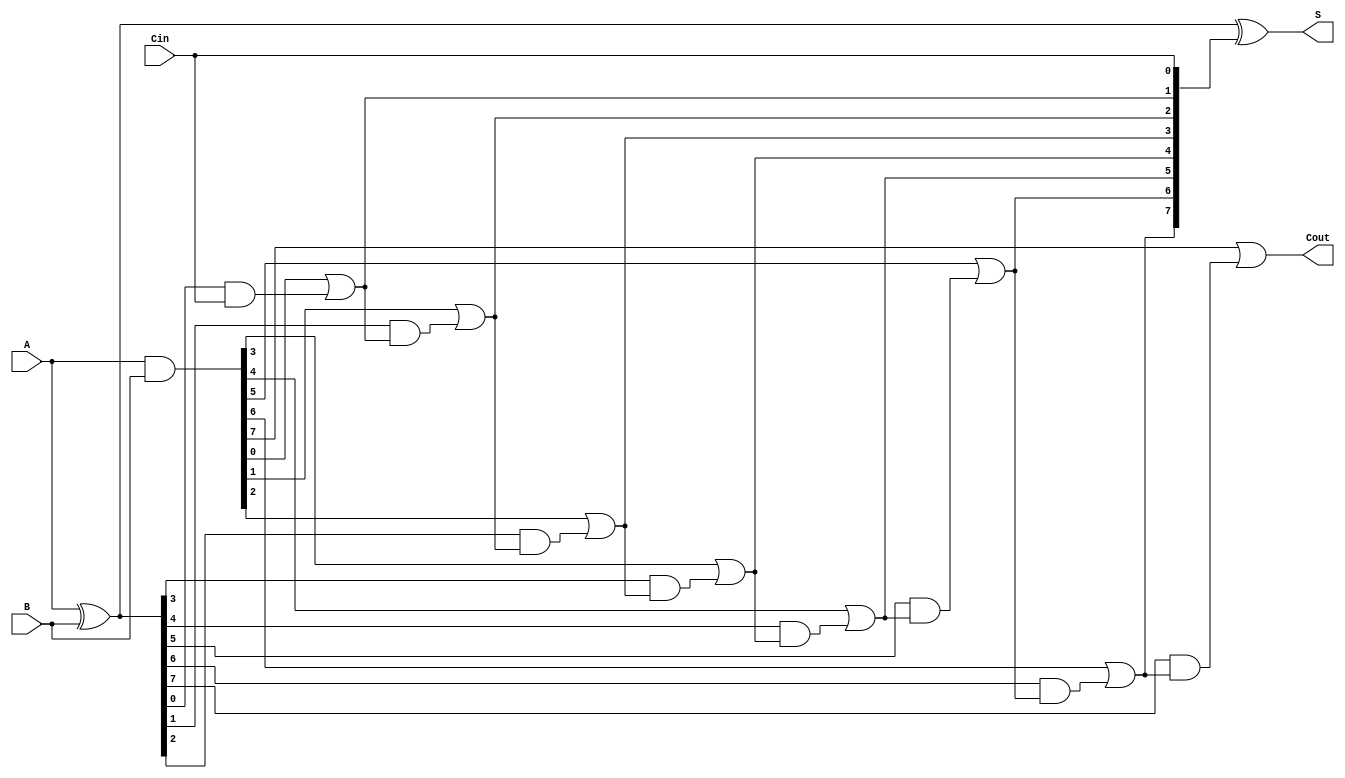
module PrecomputationCarryAdder #(parameter n = 8) (
    input  [n-1:0] A,         // n-bit input A
    input  [n-1:0] B,         // n-bit input B
    input          Cin,        // Carry-in bit
    output [n-1:0] S,         // n-bit Sum output
    output         Cout        // Carry-out bit
);

    wire [n-1:0] P; // Propagate bits (A XOR B)
    wire [n-1:0] G; // Generate bits (A AND B)
    wire [n:0] C;    // Carry bits (C[0] = Cin, C[n] = Cout)

    // Generate Propagate and Generate signals
    assign P = A ^ B;        // P[i] = A[i] XOR B[i]
    assign G = A & B;        // G[i] = A[i] AND B[i]

    // Carry generation logic
    assign C[0] = Cin; // Initialize carry-in
    genvar i;
    generate
        for (i = 0; i < n; i = i + 1) begin : carry_generation
            assign C[i + 1] = G[i] | (P[i] & C[i]); // C[i+1] = G[i] + (P[i] * C[i])
        end
    endgenerate

    // Sum calculation
    assign S = P ^ C[n-1:0]; // S[i] = P[i] XOR C[i]

    // Carry-out
    assign Cout = C[n]; // Final Carry-out

endmodule